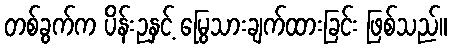
တစ်ခွက်က ပိန်းဥနှင့် မြွေသားချက်ထားခြင်း ဖြစ်သည်။